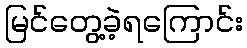
မြင်တွေ့ခဲ့ရကြောင်း